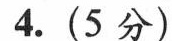
4.(5分 )